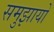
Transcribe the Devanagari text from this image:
समुझायो